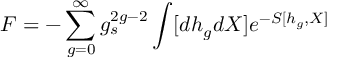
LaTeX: F = - \sum _ { g = 0 } ^ { \infty } g _ { s } ^ { 2 g - 2 } \int [ d h _ { g } d X ] e ^ { - S [ h _ { g } , X ] }